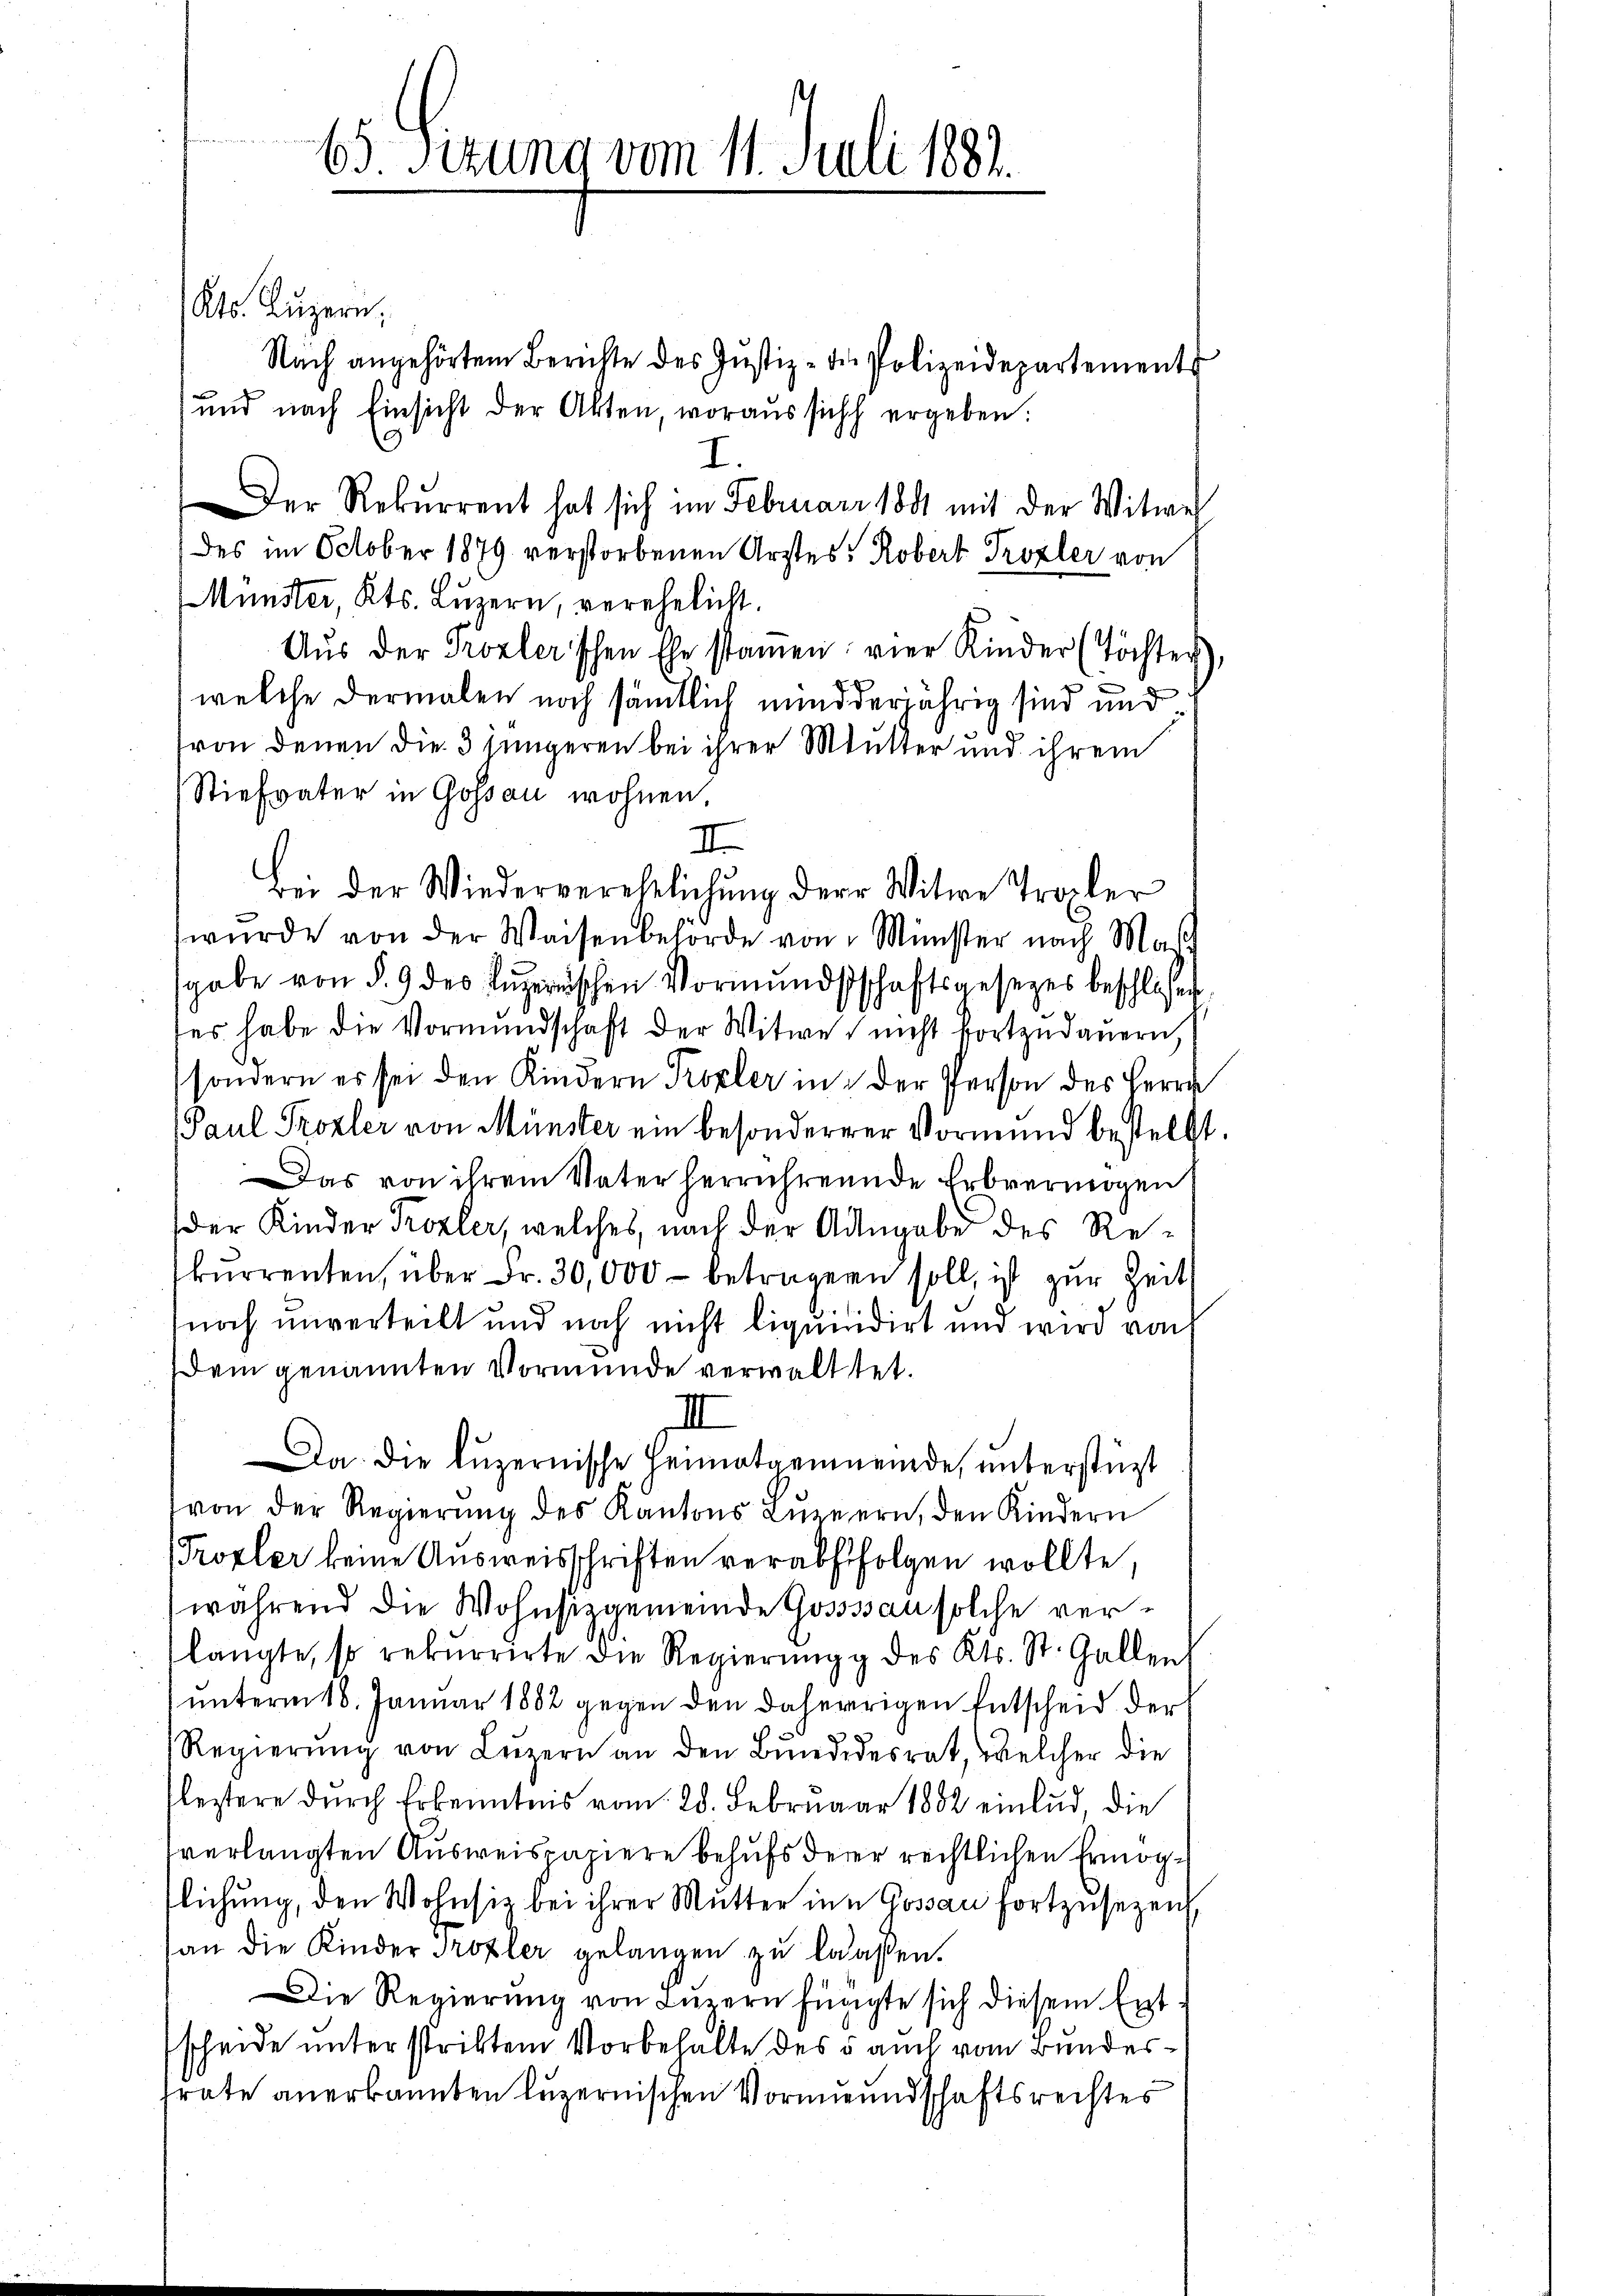
65. Sizung vom 11. Juli 1882.

Kts. Luzern,
Nach angehörtem Berichte des Jŭstiz- der Polizeidepartements
und nach Einsicht der Akten woraussich ergeben:
I.
Der Rekurrent hat sich im Februar 1881 mit der Witwe
des im October 1879 verstorbenen Ärztes: Robert Prozler von
Münster, Kts. Luzern, verehelicht.
Aŭs der Prozlerischen Ehe stamen vier Kinder (Töchter),
welche dermalen noch sämtlich mind derjährig sind und
von denen die 3 jüngeren bei ihrer Mutter und ihrem
Stiefvater in Gossau wohnen
II
Bei der Wiederverehelichŭng der Witwe Tropler
wŭrde von der Waisenbehörde von Münster nach Mas
sgabe von § 9 des Luzernischen Vormundschaftsgesezes beschlossen
ses habe die Vormundschaft der Witwe nicht fortzudauern,
sondern er sei den Kindern Propler in der Person des Herrn
Paul Prozler von Münster ein besondererer Vormund bestellt
as von ihrem Vater herrührende Erbvermögen
der Kinder Prozler, welches, nach der Angabe des Rekurrenten, über Fr. 30,000 - beträgern soll, ist zur Zeit
noch unverteilt und noch nicht liquidirt und wird von
Dem genannten Vormunde verwalttet.
II
Da die luzernische Heimatgemeinde, unterstüzt
von der Regierŭng des Kantons Lŭzern, den Kindern
Trozler keine Ausweisschriften verabfolgen wollte,
während die Wohnsitzgemeinde Gossssau solche verlangte, so rekurrirte die Regierŭng des Kts. St. Gallen,
unterm 18. Januar 1882 gegen den daherigen Entscheid der
Regierŭng von Luzern an den Bundesrat, welcher die
eztere durch Erkenntnis vom 28. Februar 1882 einlud, die
verlangten Ausweispapiere behufs derer rechtlichen Ermögtlichung, den Wohnsie bei ihrer Mutter in Gossau fortzusezen,
an die Kinder Trozler gelangen zu lassen.
Die Regierŭng von Luzern fügigte sich diesem Ent-
scheide unterstriktem Vorbehalte des 5 auch vom Bundesfrate anerkannten Luzernischen Vormundschaftsrechtes